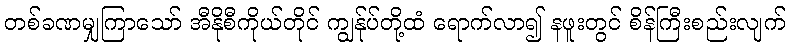
တစ်ခဏမျှကြာသော် အီနိုစီကိုယ်တိုင် ကျွန်ုပ်တို့ထံ ရောက်လာ၍ နဖူးတွင် စိန်ကြီးစည်းလျက်